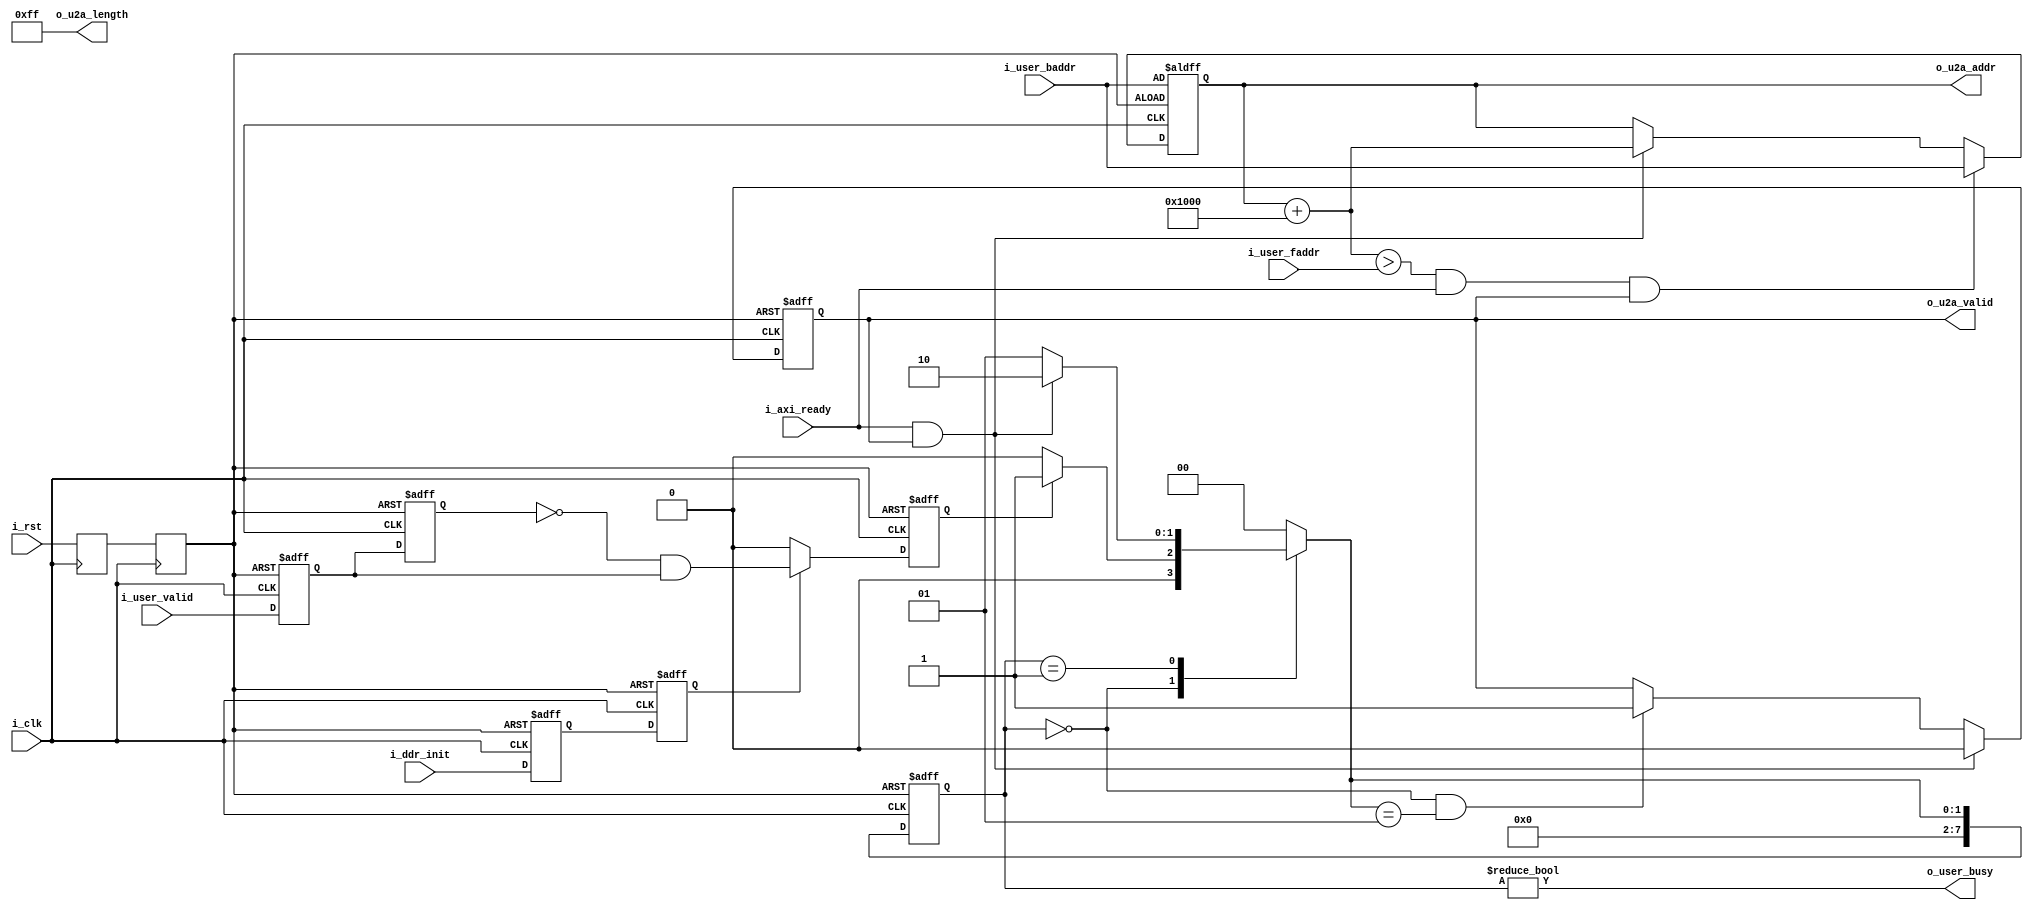
module axi_rd_ctrl#(
    parameter               P_WR_LENGTH         =   4096    ,
                            P_USER_DATA_WIDTH   =   16      ,
                            P_AXI_DATA_WIDTH    =   128     ,
                            P_AXI_ADDR_WIDTH    =   32      
)(
    input                               i_clk                   ,
    input                               i_rst                   ,

    input                               i_ddr_init              ,

    input [P_AXI_ADDR_WIDTH - 1:0]      i_user_baddr            ,
    input [P_AXI_ADDR_WIDTH - 1:0]      i_user_faddr            ,
    input                               i_user_valid            ,   // it is be like a req not valid    ###!!!
    output                              o_user_busy             ,   // because of maybe the fifo_cmd almost full so the input req will wait then send user it is busy

    input                               i_axi_ready             ,   // wait for fifo not almost full
    output [7:0]                        o_u2a_length            ,
    output [P_AXI_ADDR_WIDTH - 1:0]     o_u2a_addr              ,
    output                              o_u2a_valid             
);

localparam                              P_BURST_LEN = P_WR_LENGTH/(P_AXI_DATA_WIDTH/8) - 1;

// optim rst
reg                                     ri_rst                              ;
reg                                     r_rst                               ;
always@(posedge i_clk)
begin
    ri_rst <= i_rst ;
    r_rst  <= ri_rst;
end

// sync ddr_init
reg                                     ri_ddr_init                         ;
reg                                     r_ddr_init                          ;
always@(posedge i_clk or posedge r_rst)
begin
    if (r_rst) begin
        ri_ddr_init <= 'd0;
        r_ddr_init  <= 'd0;
    end else begin
        ri_ddr_init <= i_ddr_init;
        r_ddr_init  <= ri_ddr_init;
    end
end

// delay
reg                                     ri_user_valid                       ;
reg                                     ri_user_valid_1d                    ;
always@(posedge i_clk or posedge r_rst)
begin
    if (r_rst) begin
        ri_user_valid    <= 'd0;
        ri_user_valid_1d <= 'd0;
    end else begin
        ri_user_valid    <= i_user_valid ;
        ri_user_valid_1d <= ri_user_valid;
    end
end

wire                                    w_user_req_pos = !ri_user_valid_1d & ri_user_valid;
reg                                     r_user_req_pos                      ;
always@(posedge i_clk or posedge r_rst)
begin
    if (r_rst)
        r_user_req_pos <= 'd0;
    else if (r_ddr_init)
        r_user_req_pos <= w_user_req_pos;
    else
        r_user_req_pos <= 'd0;
end

// use fsm
localparam                              P_ST_IDLE   =   0                   ,
                                        P_ST_REQ    =   1                   ,
                                        P_ST_END    =   2                   ;

reg [7:0]                               r_st_current                        ;
reg [7:0]                               r_st_next                           ;

always@(posedge i_clk or posedge r_rst)
begin
    if (r_rst)
        r_st_current <= P_ST_IDLE;
    else    
        r_st_current <= r_st_next;
end

always@(*)
begin
    case(r_st_current)
        P_ST_IDLE   :   r_st_next <= r_user_req_pos ?   P_ST_REQ    :   P_ST_IDLE   ;
        P_ST_REQ    :   r_st_next <= i_axi_ready && o_u2a_valid     ?   P_ST_END    :   P_ST_REQ;
        P_ST_END    :   r_st_next <= P_ST_IDLE      ;
        default     :   r_st_next <= P_ST_IDLE      ;
    endcase
end

// out_to_master_valid
reg                                     ro_u2a_valid                        ;
assign                                  o_u2a_valid = ro_u2a_valid          ;
always@(posedge i_clk or posedge r_rst)
begin
    if (r_rst)
        ro_u2a_valid <= 'd0;
    else if (i_axi_ready && o_u2a_valid)
        ro_u2a_valid <= 'd0;
    else if (r_st_current == P_ST_IDLE && r_st_next == P_ST_REQ)
        ro_u2a_valid <= 'd1;
    else
        ro_u2a_valid <= ro_u2a_valid;
end

// out_to_user_busy
assign                                  o_user_busy = r_st_current != P_ST_IDLE;

// ctrl addr
reg [P_AXI_ADDR_WIDTH - 1:0]            ro_u2a_addr                         ;
assign                                  o_u2a_addr = ro_u2a_addr            ;
always@(posedge i_clk or posedge r_rst)
begin
    if (r_rst)
        ro_u2a_addr <= i_user_baddr;
    else if (ro_u2a_addr + P_WR_LENGTH > i_user_faddr && i_axi_ready && o_u2a_valid)
        ro_u2a_addr <= i_user_baddr;
    else if (i_axi_ready && o_u2a_valid)
        ro_u2a_addr <= ro_u2a_addr + P_WR_LENGTH;
    else
        ro_u2a_addr <= ro_u2a_addr;
end

// ctrl length
assign                                  o_u2a_length = P_BURST_LEN          ;


endmodule